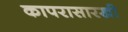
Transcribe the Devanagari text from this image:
कापरासारखी